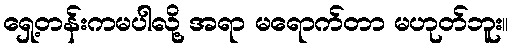
ရှေ့တန်းကမပါလို့ အရာ မရောက်တာ မဟုတ်ဘူး။